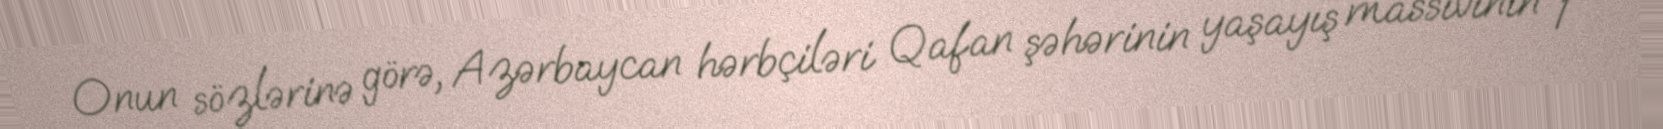
Onun sözlərinə görə, Azərbaycan hərbçiləri Qafan şəhərinin yaşayış massivinin 1